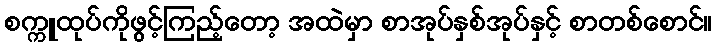
စက္ကူထုပ်ကိုဖွင့်ကြည့်တော့ အထဲမှာ စာအုပ်နှစ်အုပ်နှင့် စာတစ်စောင်။